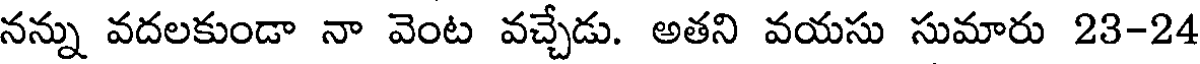
నన్ను వదలకుండా నా వెంట వచ్చేడు. అతని వయసు సుమారు 23-24